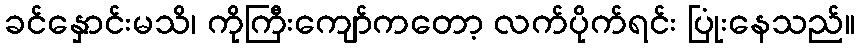
ခင်နှောင်းမသိ၊ ကိုကြီးကျော်ကတော့ လက်ပိုက်ရင်း ပြုံးနေသည်။